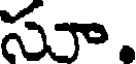
సూ.